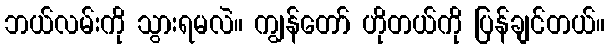
ဘယ်လမ်းကို သွားရမလဲ။ ကျွန်တော် ဟိုတယ်ကို ပြန်ချင်တယ်။